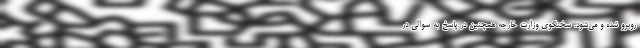
روبرو شده و می‌شود. سخنگوی وزارت خارجه همچنین در پاسخ به سوالی در